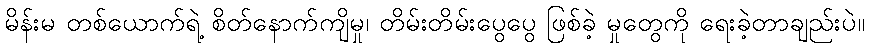
မိန်းမ တစ်ယောက်ရဲ့ စိတ်နောက်ကျိမှု၊ တိမ်းတိမ်းပွေပွေ ဖြစ်ခဲ့ မှုတွေကို ရေးခဲ့တာချည်းပဲ။